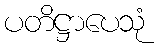
ပတိဋ္ဌာပေသုံ